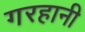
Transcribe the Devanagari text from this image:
गरहानी